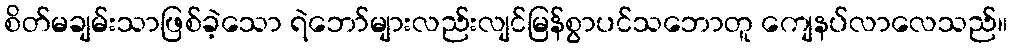
စိတ်မချမ်းသာဖြစ်ခဲ့သော ရဲဘော်များလည်းလျင်မြန်စွာပင်သဘောတူ ကျေနပ်လာလေသည်။